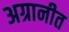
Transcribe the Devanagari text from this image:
अग्रानीत